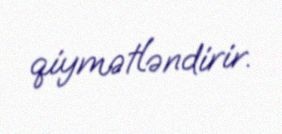
qiymətləndirir.